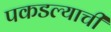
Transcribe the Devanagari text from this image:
पकडल्याची